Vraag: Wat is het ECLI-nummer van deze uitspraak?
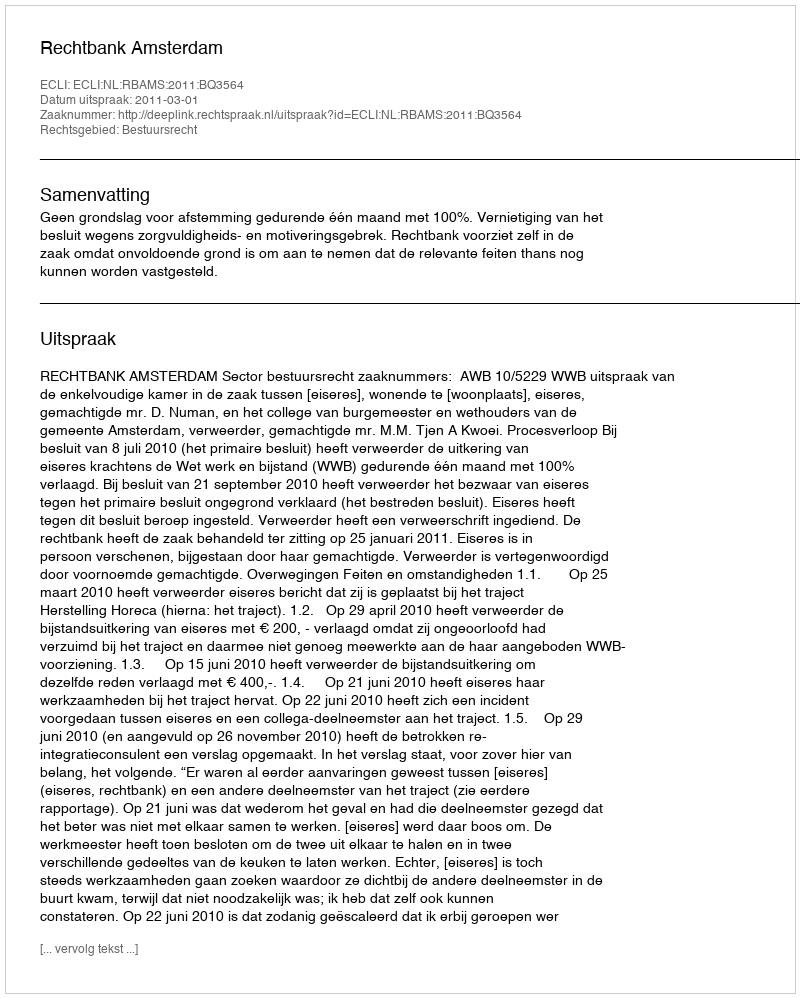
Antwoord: ECLI:NL:RBAMS:2011:BQ3564